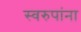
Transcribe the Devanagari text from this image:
स्वरुपांना